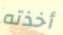
أخذته